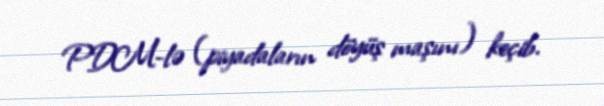
PDM-lə (piyadaların döyüş maşını) keçib.